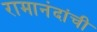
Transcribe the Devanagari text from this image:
रामानंदांची